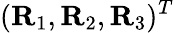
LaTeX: ({\mathbf R}_{1},{\mathbf R}_{2},{\mathbf R}_{3})^{T}